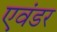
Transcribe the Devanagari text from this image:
एवंडर